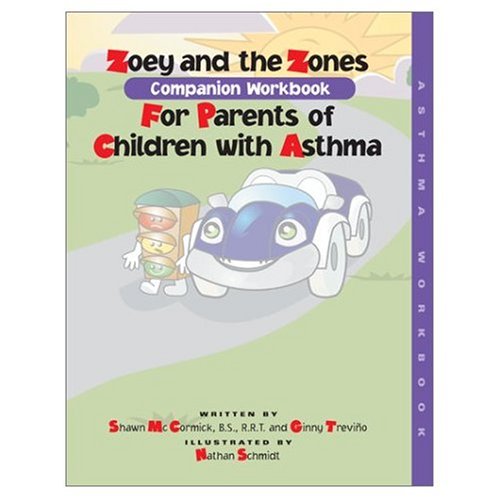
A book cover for Zoey and the Zones Interactive Workbook for Parents of Children with Asthma (Live with and Manage Your Child's Asthma); B.S., R.R.T., AE-C Shawn McCormick; Health, Fitness & Dieting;